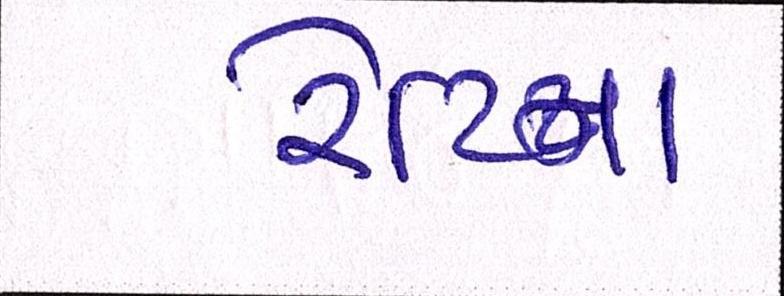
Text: રેટિના